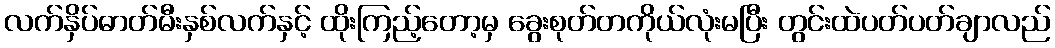
လက်နှိပ်ဓာတ်မီးနှစ်လက်နှင့် ထိုးကြည့်တော့မှ ခွေးစုတ်တကိုယ်လုံးမပြီး တွင်းထဲပတ်ပတ်ချာလည်